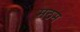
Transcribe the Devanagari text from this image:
मठम